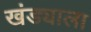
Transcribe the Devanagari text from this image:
खंड्याला